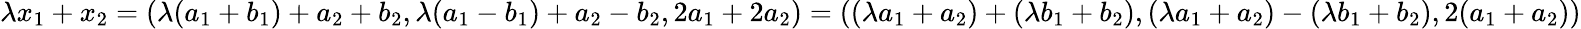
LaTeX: \lambda x_{1}+x_{2}=(\lambda(a_{1}+b_{1})+a_{2}+b_{2},\lambda(a_{1}-b_{1})+a_{2}-b_{2},2a_{1}+2a_{2})=((\lambda a_{1}+a_{2})+(\lambda b_{1}+b_{2}),(\lambda a_{1}+a_{2})-(\lambda b_{1}+b_{2}),2(a_{1}+a_{2}))